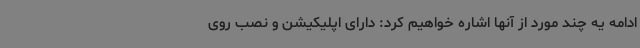
ادامه یه چند مورد از آنها اشاره خواهیم کرد: دارای اپلیکیشن و نصب روی